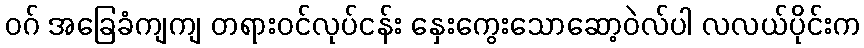
ဝဂ် အခြေခံကျကျ တရားဝင်လုပ်ငန်း နှေးကွေးသောဆော့ဝဲလ်ပါ လလယ်ပိုင်းက